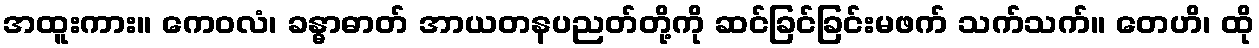
အထူးကား။ ကေဝလံ၊ ခန္ဓာဓာတ် အာယတနပညတ်တို့ကို ဆင်ခြင်ခြင်းမဖက် သက်သက်။ တေဟိ၊ ထို